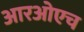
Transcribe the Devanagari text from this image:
आरओएच